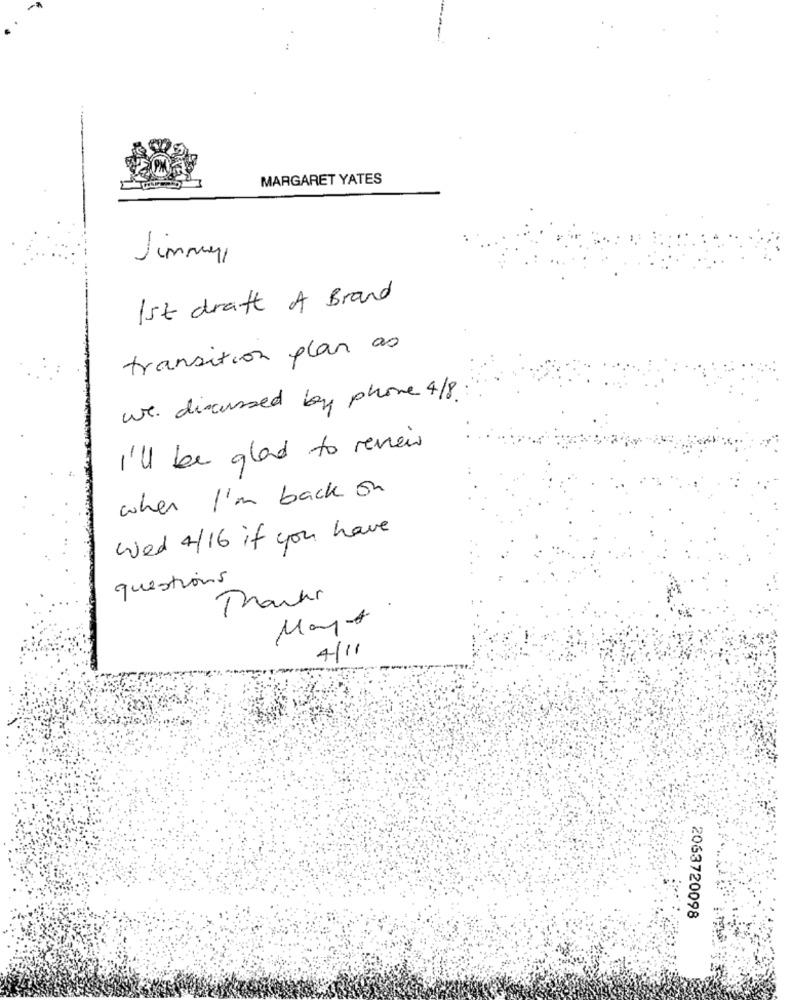
MARGARET YATES
Jimmy,
1st draft A Brand
transition plan as
we discussed by phone 4/8.
I'll be glad to remain
when I'm back on
wed 4/ 16 if you have
questions
Thanks
Mayo
4/11
2063720098